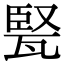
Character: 𤭠